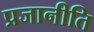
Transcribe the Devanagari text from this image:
प्रजानीति